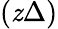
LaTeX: (\mathit{z}\Delta)